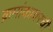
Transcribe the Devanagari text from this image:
क्रमांकावरची